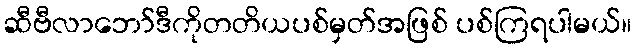
ဆီဗီလာဘော်ဒီကိုတတိယပစ်မှတ်အဖြစ် ပစ်ကြရပါမယ်။